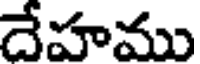
దేహము